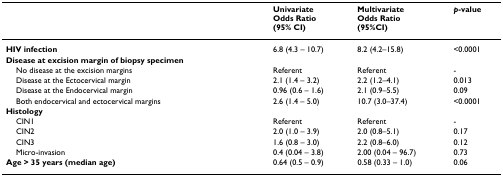
|  | Univariate Odds Ratio (95% CI) | Multivariate Odds Ratio (95%CI) | p-value |
 | --- | --- | --- | --- |
 | HIV infection | 6.8 (4.3 – 10.7) | 8.2 (4.2–15.8) | <0.0001 |
 | Disease at excision margin of biopsy specimen |  |  |  |
 | No disease at the excision margins | Referent | Referent | - |
 | Disease at the Ectocervical margin | 2.1 (1.4 – 3.2) | 2.2 (1.2–4.1) | 0.013 |
 | Disease at the Endocervical margin | 0.96 (0.6 – 1.6) | 2.1 (0.9–5.5) | 0.09 |
 | Both endocervical and ectocervical margins | 2.6 (1.4 – 5.0) | 10.7 (3.0–37.4) | <0.0001 |
 | Histology |  |  |  |
 | CIN1 | Referent | Referent | - |
 | CIN2 | 2.0 (1.0 – 3.9) | 2.0 (0.8–5.1) | 0.17 |
 | CIN3 | 1.6 (0.8 – 3.0) | 2.2 (0.8–6.0) | 0.12 |
 | Micro-invasion | 0.4 (0.04 – 3.8) | 2.00 (0.04 – 96.7) | 0.73 |
 | Age > 35 years (median age) | 0.64 (0.5 – 0.9) | 0.58 (0.33 – 1.0) | 0.06 |